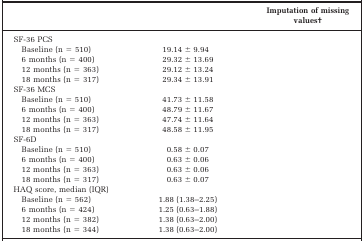
<table><thead><tr><td>[EMPTY_CELL]</td><td>[EMPTY_CELL]</td><td><b>Imputation of missing values†</b></td></tr></thead><tbody><tr><td colspan="3">SF-36 PCS</td></tr><tr><td>Baseline (n = 510)</td><td>19.14 ± 9.94</td><td>[EMPTY_CELL]</td></tr><tr><td>6 months (n = 400)</td><td>29.32 ± 13.69</td><td>[EMPTY_CELL]</td></tr><tr><td>12 months (n = 363)</td><td>29.12 ± 13.24</td><td>[EMPTY_CELL]</td></tr><tr><td>18 months (n = 317)</td><td>29.34 ± 13.91</td><td>[EMPTY_CELL]</td></tr><tr><td colspan="3">SF-36 MCS</td></tr><tr><td>Baseline (n = 510)</td><td>41.73 ± 11.58</td><td>[EMPTY_CELL]</td></tr><tr><td>6 months (n = 400)</td><td>48.79 ± 11.67</td><td>[EMPTY_CELL]</td></tr><tr><td>12 months (n = 363)</td><td>47.74 ± 11.64</td><td>[EMPTY_CELL]</td></tr><tr><td>18 months (n = 317)</td><td>48.58 ± 11.95</td><td>[EMPTY_CELL]</td></tr><tr><td colspan="3">SF-6D</td></tr><tr><td>Baseline (n = 510)</td><td>0.58 ± 0.07</td><td>[EMPTY_CELL]</td></tr><tr><td>6 months (n = 400)</td><td>0.63 ± 0.06</td><td>[EMPTY_CELL]</td></tr><tr><td>12 months (n = 363)</td><td>0.63 ± 0.06</td><td>[EMPTY_CELL]</td></tr><tr><td>18 months (n = 317)</td><td>0.63 ± 0.07</td><td>[EMPTY_CELL]</td></tr><tr><td colspan="3">HAQ score, median (IQR)</td></tr><tr><td>Baseline (n = 562)</td><td>1.88 (1.38–2.25)</td><td>[EMPTY_CELL]</td></tr><tr><td>6 months (n = 424)</td><td>1.25 (0.63–1.88)</td><td>[EMPTY_CELL]</td></tr><tr><td>12 months (n = 382)</td><td>1.38 (0.63–2.00)</td><td>[EMPTY_CELL]</td></tr><tr><td>18 months (n = 344)</td><td>1.38 (0.63–2.00)</td><td>[EMPTY_CELL]</td></tr></tbody></table>